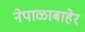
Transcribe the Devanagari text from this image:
नेपाळाबाहेर